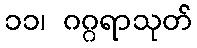
၁၁၊ ဂဂ္ဂရာသုတ်